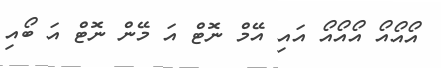
އޯއޯއޯ އޯއޯއޯ އައި އޭމް ނޮޓް އަ މޭން ނޮޓް އަ ބޯއި